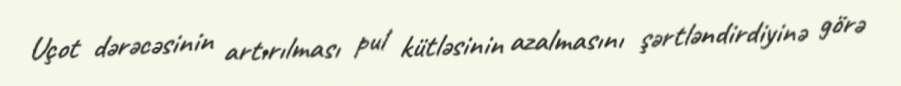
Uçot dərəcəsinin artırılması pul kütləsinin azalmasını şərtləndirdiyinə görə